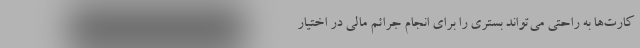
کارت‌ها به راحتی می‌تواند بستری را برای انجام جرائم مالی در اختیار